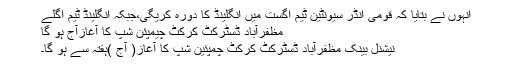
انہوں نے بتایا کہ قومی انڈر سیونٹین ٹیم اگست میں انگلینڈ کا دورہ کریگی،جبکہ انگلینڈ ٹیم اگلے
مظفرآباد ڈسٹرکٹ کرکٹ چیمپئن شپ کا آغازآج ہو گا
نیشنل بینک مظفرآباد ڈسٹرکٹ کرکٹ چمپئین شپ کا آغاز( آج )ہفتہ سے ہو گا۔